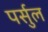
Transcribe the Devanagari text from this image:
पर्सुल